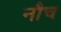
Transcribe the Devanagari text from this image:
नौच